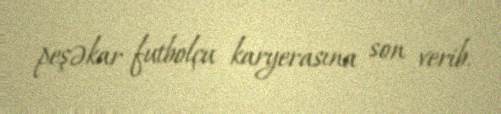
peşəkar futbolçu karyerasına son verib.